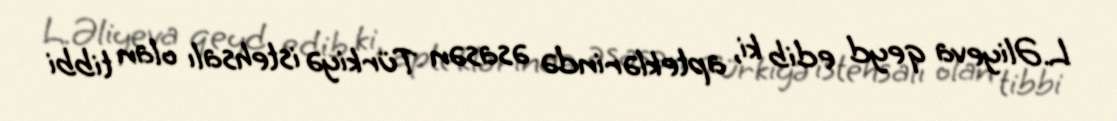
L.Əliyeva qeyd edib ki, apteklərində əsasən Türkiyə istehsalı olan tibbi